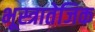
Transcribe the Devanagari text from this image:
भूस्त्रातेजिक